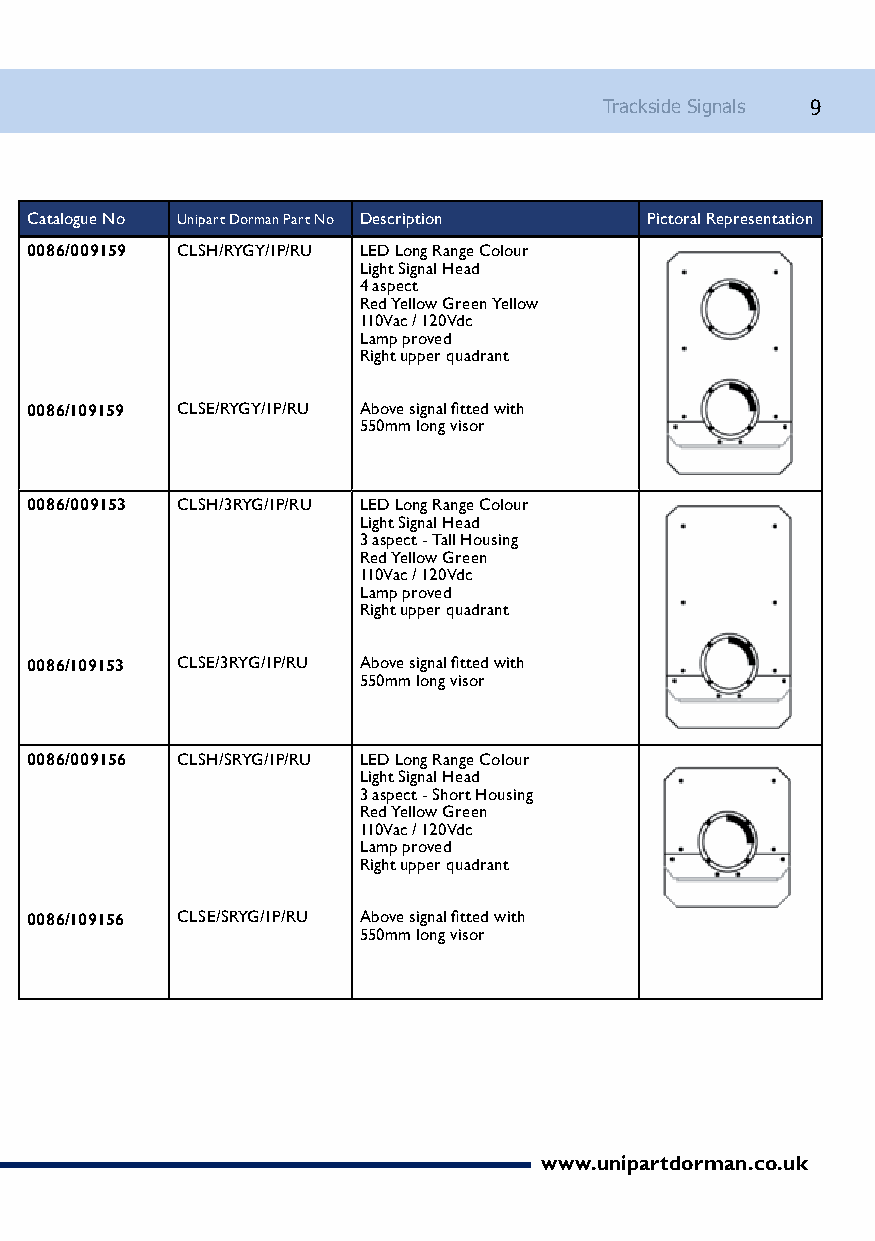
Trackside Signals 9
 Catalogue No Unipart Dorman Part No Description Pictoral Representation
 0086/009159 CLSH/RYGY/1P/RU LED Long Range Colour
 Light Signal Head
 4 aspect
 Red Yellow Green Yellow
 110Vac / 120Vdc
 Lamp proved
 Right upper quadrant
 0086/109159 CLSE/RYGY/1P/RU Above signal fitted with
 550mm long visor
 0086/009153 CLSH/3RYG/1P/RU LED Long Range Colour
 Light Signal Head
 3 aspect - Tall Housing
 Red Yellow Green
 110Vac / 120Vdc
 Lamp proved
 Right upper quadrant
 0086/109153 CLSE/3RYG/1P/RU Above signal fitted with
 550mm long visor
 0086/009156 CLSH/SRYG/1P/RU LED Long Range Colour
 Light Signal Head
 3 aspect - Short Housing
 Red Yellow Green
 110Vac / 120Vdc
 Lamp proved
 Right upper quadrant
 0086/109156 CLSE/SRYG/1P/RU Above signal fitted with
 550mm long visor
 www.unipartdorman.co.uk